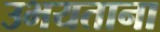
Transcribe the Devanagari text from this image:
उभयताना